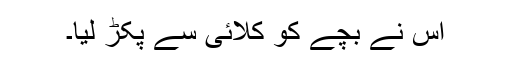
اُس نے بچّے کو کلائی سے پکڑ لیا۔